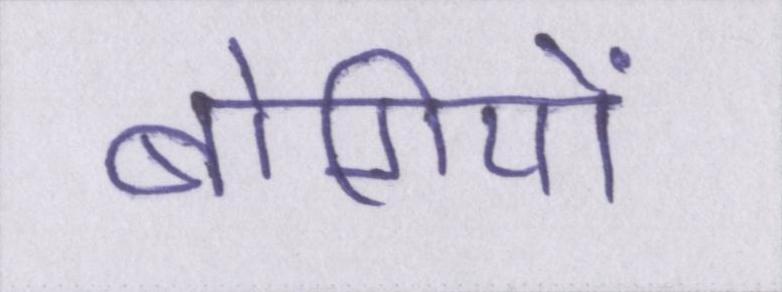
बोगियों